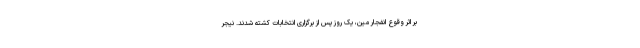
بر اثر وقوع انفجار مین، یک روز پس از برگزاری انتخابات کشته شدند. نیجر